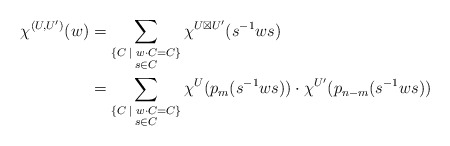
\begin{align*} \chi^{(U,U')} (w) &= \sum_{\substack {\{ C \; | \; w \cdot C = C \} \\ s \in C}} \chi^{U \boxtimes U'}(s^{-1}ws) \\ &= \sum_{\substack { \{ C \; | \; w \cdot C = C \} \\ s \in C}} \chi^{U}(p_m(s^{-1}ws)) \cdot \chi^{U'}(p_{n-m}(s^{-1}ws)) \end{align*}